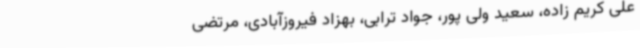
علی کریم زاده، سعید ولی پور، جواد ترابی، بهزاد فیروزآبادی، مرتضی